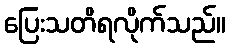
ပြေးသတိရလိုက်သည်။